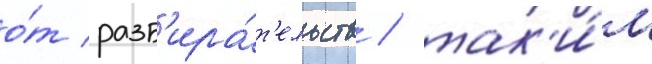
о́т разб'ира́т'ельств / так'и́м